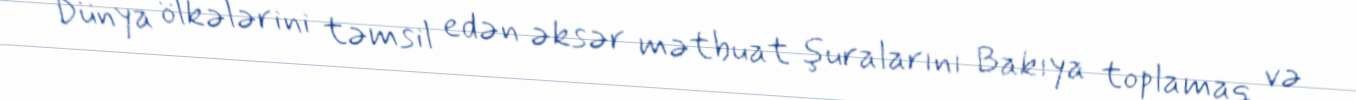
Dünya ölkələrini təmsil edən əksər mətbuat şuralarını Bakıya toplamaq və